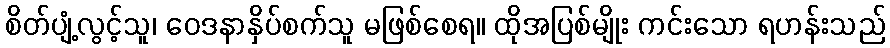
စိတ်ပျံ့လွင့်သူ၊ ဝေဒနာနှိပ်စက်သူ မဖြစ်စေရ။ ထိုအပြစ်မျိုး ကင်းသော ရဟန်းသည်